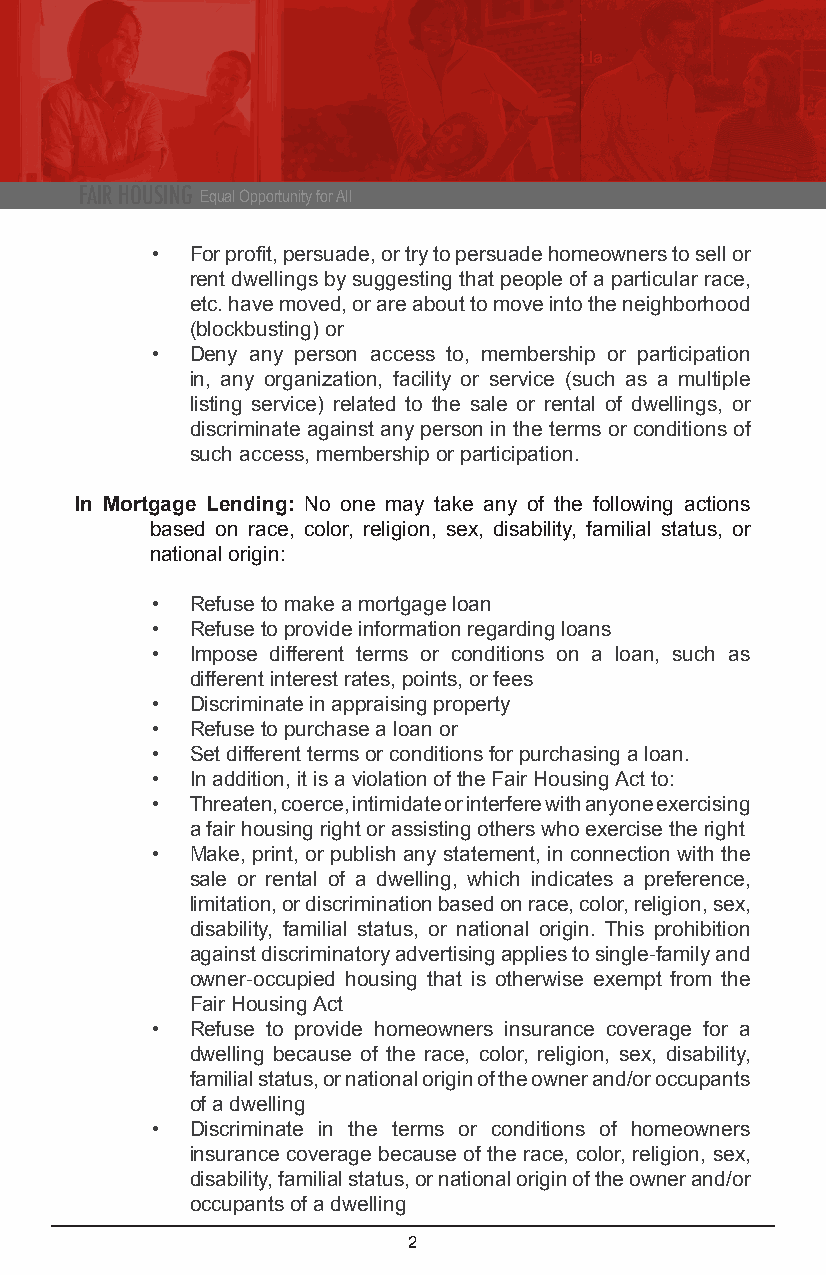
FAIR HOUSING Equal Opportunity for All
 •  For profit, persuade, or try to persuade homeowners to sell or
 rent dwellings by suggesting that people of a particular race,
 etc. have moved, or are about to move into the neighborhood
 (blockbusting) or
 •  Deny any person access to, membership or participation
 in, any organization, facility or service (such as a multiple
 listing service) related to the sale or rental of dwellings, or
 discriminate against any person in the terms or conditions of
 such access, membership or participation.
 In Mortgage Lending: No one may take any of the following actions
 based on race, color, religion, sex, disability, familial status, or
 national origin:
 •  Refuse to make a mortgage loan
 •  Refuse to provide information regarding loans
 •  Impose different terms or conditions on a loan, such as
 different interest rates, points, or fees
 •  Discriminate in appraising property
 •  Refuse to purchase a loan or
 •  Set different terms or conditions for purchasing a loan.
 •  In addition, it is a violation of the Fair Housing Act to:
 •  Threaten, coerce, intimidate or interfere with anyone exercising
 a fair housing right or assisting others who exercise the right
 •  Make, print, or publish any statement, in connection with the
 sale or rental of a dwelling, which indicates a preference,
 limitation, or discrimination based on race, color, religion, sex,
 disability, familial status, or national origin. This prohibition
 against discriminatory advertising applies to single-family and
 owner-occupied housing that is otherwise exempt from the
 Fair Housing Act
 •  Refuse to provide homeowners insurance coverage for a
 dwelling because of the race, color, religion, sex, disability,
 familial status, or national origin of the owner and/or occupants
 of a dwelling
 •  Discriminate in the terms or conditions of homeowners
 insurance coverage because of the race, color, religion, sex,
 disability, familial status, or national origin of the owner and/or
 occupants of a dwelling
 2